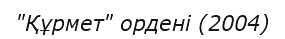
"Құрмет" ордені (2004)